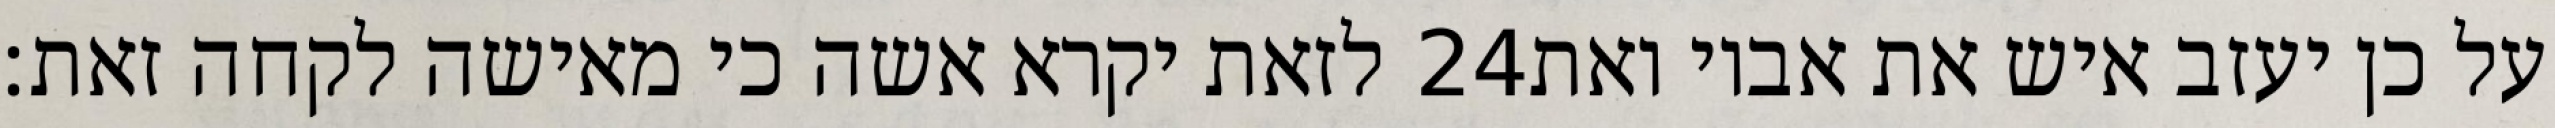
לזאת יקרא אשה כי מאישה לקחה זאת׃ ‎24‏ על כן יעזב איש את אביו ואת